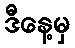
ဒီနေ့မှ